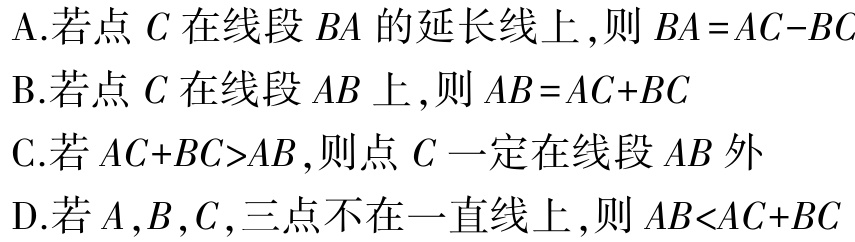
A.若点\(C\)在线段\(BA\)的延长线上,则\(BA = AC - BC\)

B.若点\(C\)在线段\(AB\)上,则\(AB = AC + BC\)

C.若\(AC + BC>AB\),则点\(C\)一定在线段\(AB\)外

D.若\(A,B,C,\)三点不在一直线上,则\(AB<AC + BC\)